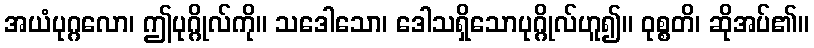
အယံပုဂ္ဂလော၊ ဤပုဂ္ဂိုလ်ကို။ သဒေါသော၊ ဒေါသရှိသောပုဂ္ဂိုလ်ဟူ၍။ ဝုစ္စတိ၊ ဆိုအပ်၏။